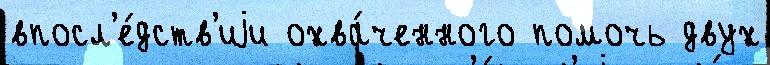
впосл'е́дств'иjи охва́ченного помочь двух